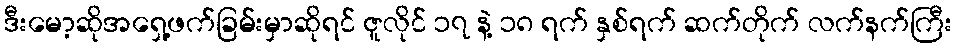
ဒီးမော့ဆိုအရှေ့ဖက်ခြမ်းမှာဆိုရင် ဇူလိုင် ၁၇ နဲ့ ၁၈ ရက် နှစ်ရက် ဆက်တိုက် လက်နက်ကြီး